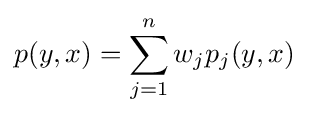
p(y,x)=\sum _{j=1}^{n}w_{j}p_{j}(y,x)